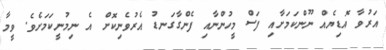
އަރުވާ އޮޑިޔެއް ނޫންކަމަށާއި ފަސް މީހުންނާއި ފެންގާގަނޑު އެރުވެނިކޮށް އެ ނިމުނީކަމަށެވެ. ވީމާ